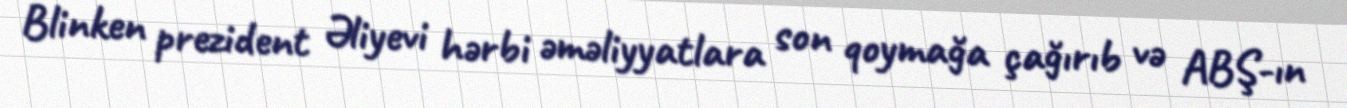
Blinken prezident Əliyevi hərbi əməliyyatlara son qoymağa çağırıb və ABŞ-ın